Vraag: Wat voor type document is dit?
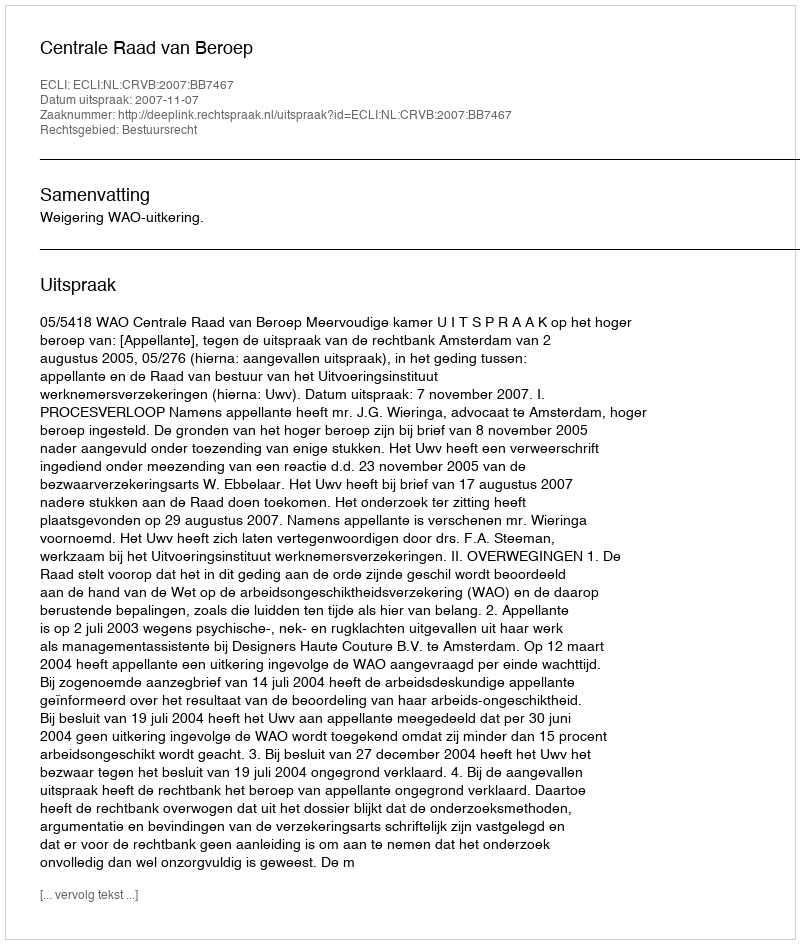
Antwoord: Uitspraak